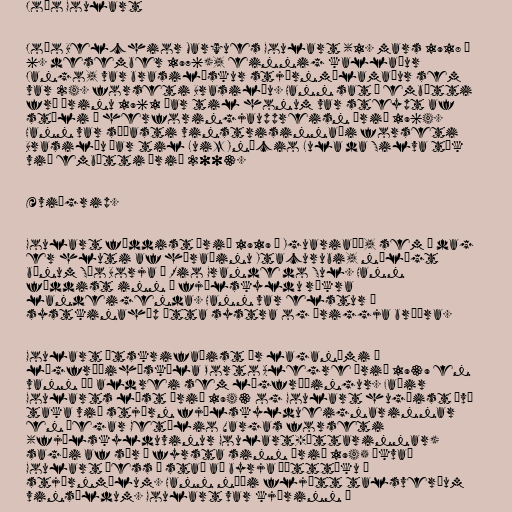
João Goulart

João Belchior Marques Goulart (1. mars 1918 –
6. desember 1976), einnig kallaður
Jango, var brasilískur stjórnmálamaður sem
var 24. forseti Brasilíu. Hann sat í embætti
frá árinu 1961 þar til honum var steypt af
stóli í herforingjauppreisn árið 1964.
Hann var síðasti vinstrisinnaði forseti
Brasilíu þar til Luiz Inácio Lula da Silva tók
við embætti árið 2003.

Æviágrip.

Goulart fæddist árið 1919 í Iguariaçá, sem í dag
er hluti af héraðinu Itacurubi, nálægt
bænum São Borja í Rio Grande do Sul. Hann
fæddist inn í fjölskyldu ríkra
landeigenda. Hann var elstur í
systkinahóp átta systra og þriggja bræðra.

Goulart útskrifaðist úr laganámi í
lögfræðiháskóla Porto Alegre árið 1939 en
vann þó aldrei sem lögfræðingur. Faðir
Goularts lést árið 1943 og Goulart hugðist því
taka við stjórn fjölskyldueignarinnar
en þegar Getúlio Vargas forseti
(fjölskylduvinur Goulart-ættarinnar)
sagði af sér í fyrsta sinn árið 1945 ákvað
Goulart þess í stað að byrja þátttöku í
stjórnmálum. Hann náði fljótt talsverðum
vinsældum. Goulart var kjörinn í